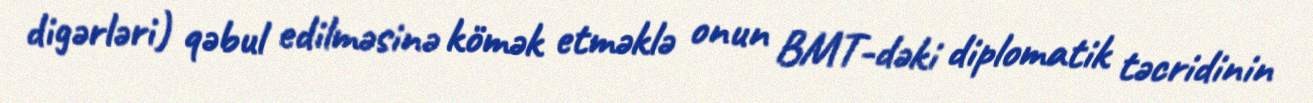
digərləri) qəbul edilməsinə kömək etməklə onun BMT-dəki diplomatik təcridinin